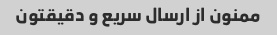
ممنون از ارسال سریع و دقیقتون